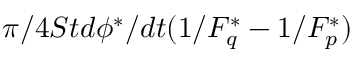
\pi / 4 S t d \phi ^ { * } / d t ( 1 / F _ { q } ^ { * } - 1 / F _ { p } ^ { * } )